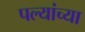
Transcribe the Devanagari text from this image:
पल्यांच्या